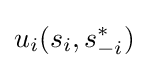
u_{i}(s_{i},s_{-i}^{*})